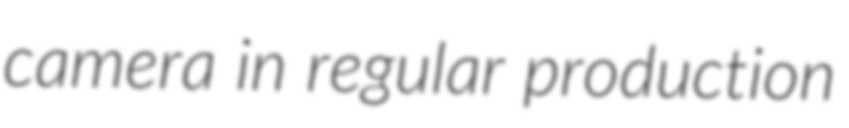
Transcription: camera in regular production